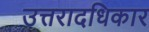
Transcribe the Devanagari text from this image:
उत्तरादधिकार